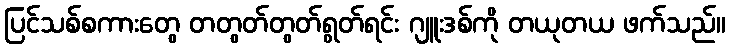
ပြင်သစ်စကားတွေ တတွတ်တွတ်ရွတ်ရင်း ဂျူးဒစ်ကို တယုတယ ဖက်သည်။